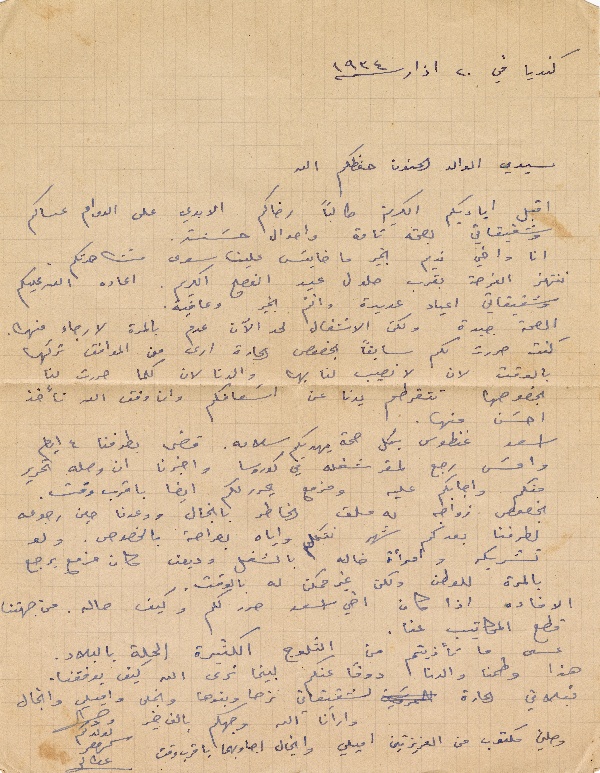
كنريا في ٢٠ اذار سنة ١٩٣٤
سيدي الوالد الحنون حفظكم الله
اقبل اياديكم الكريمة طالباً رضاكم الابدي على الدوام عساكم
وشقيقاتي بصحة تامة واحوال حسَنة.
انا واخي نديم بخير ما خايسَ علينا سوى مشاهدتكم.
ننتهز الفرصة بقرب حلول عيد الفصح الكريم. اعاده الله عليكم
وشقيقاتي اعياد عديدة وانتم بخير وعافية.
الصحة جيدة ولكن الانشغال لحد الآن عدم بالمرة لا رجاء منها.
كنت حررت لكم سابقاً بخصوص الحارة ارى من الموافق تركها
بالوقت لان لا نصيب لنا بها والدنا لان كلما حررت لنا
بخصوصها تتقرطم يدنا عن اسَعافكم وان وفق الله نأخذ
احسَن منها.
اسعد غنطوس بكل صحة يهديكم سلامه. قضى بطرفنا ٤ ايام
وامسَ رجع لمقر شغله في كوروسا واخبرنا ان وصله تحرير
منكم واجابكم عليه ومزمع يحررلكم ايضا باقرب وقت.
بخصوص زواجه له ملق الخاطر بانجال ووعدنا حين رجوعه
لطرفنا بعد كم شهر نتكلم واياه بصراحة بالخصوص. ولو
تشريكه وامرأة خاله بالشغل وديون كان مزمع يرجع
بالمرة للوطن ولكن غير ممكن له بالوقت.
الافاده اذا كان اخي اسعد حرر لكم وكيف حاله. من جهتنا
قطع المكاتيب عنا.
عسى ما تأذيتم من الثلوج الكثيرة الحلة بالبلاد.
هذا وطمنا والدنا دوماً عنكم لبينما نرى الله كيف يوفقنا.
قبلاتي الحارة لشقيقاتي نزها وبنوها وانجال واميلي وانجال
وارانا الله وجهكم بالف خير
وصلني مكتوب من العزيزتين اميلي وانجال اجاوبهما باقرب وقت
لولدكم كروجر عطالله